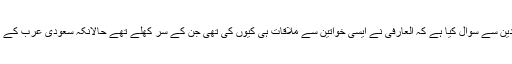
گلف نیوز کی خبر کے بموجب ناقدین نے عالم دین سے سوال کیا ہے کہ العارفی نے ایسی خواتین سے ملاقات ہی کیوں کی تھی جن کے سر کھلے تھے حالانکہ سعودی عرب کے علمائے دین اِس کا خصوصی خیال رکھتے ہیں۔